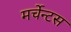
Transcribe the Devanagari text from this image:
मर्चेन्टस